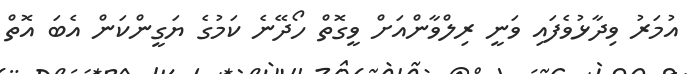
އުމަރު ވިދާޅުވެފައި ވަނީ ރިލްވާންއަށް ވީގޮތް ހޯދޭނެ ކަމުގެ ޔަގީންކަން އެބަ އޮތް